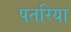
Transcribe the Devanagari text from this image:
पतरिया